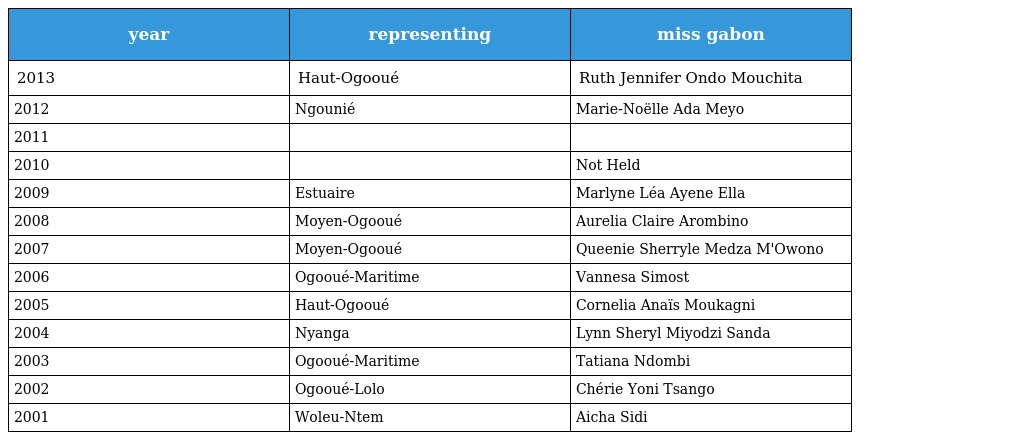
| year | representing | miss gabon |
 | --- | --- | --- |
 | 2013 | Haut-Ogooué | Ruth Jennifer Ondo Mouchita |
 | 2012 | Ngounié | Marie-Noëlle Ada Meyo |
 | 2011 |  |  |
 | 2010 |  | Not Held |
 | 2009 | Estuaire | Marlyne Léa Ayene Ella |
 | 2008 | Moyen-Ogooué | Aurelia Claire Arombino |
 | 2007 | Moyen-Ogooué | Queenie Sherryle Medza M'Owono |
 | 2006 | Ogooué-Maritime | Vannesa Simost |
 | 2005 | Haut-Ogooué | Cornelia Anaïs Moukagni |
 | 2004 | Nyanga | Lynn Sheryl Miyodzi Sanda |
 | 2003 | Ogooué-Maritime | Tatiana Ndombi |
 | 2002 | Ogooué-Lolo | Chérie Yoni Tsango |
 | 2001 | Woleu-Ntem | Aicha Sidi |